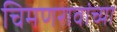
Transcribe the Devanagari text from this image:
चिमणरावांच्या